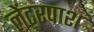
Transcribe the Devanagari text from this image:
लेंटरपाश